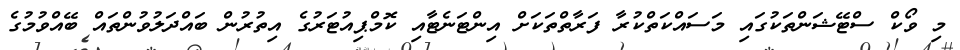
މި ވޯކް ސްޓޭޝަންތަކުގައި މަސައްކަތްކުރާ ފަރާތްތަކަށް އިންޓަނެޓާއި ކޮމްޕިއުޓަރުގެ އިތުރުން ބައްދަލުވުންތައް ބޭއްވުމުގެ